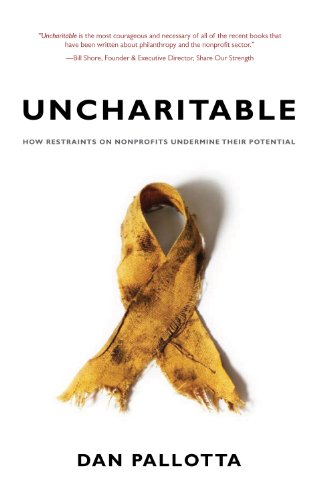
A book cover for Uncharitable: How Restraints on Nonprofits Undermine Their Potential (Civil Society: Historical and Contemporary Perspectives); Dan Pallotta; Politics & Social Sciences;